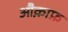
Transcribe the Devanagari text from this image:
औक़ाफ़